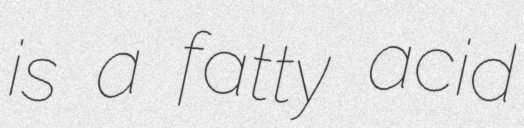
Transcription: is a fatty acid